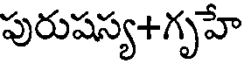
పురుషస్య+గృహే